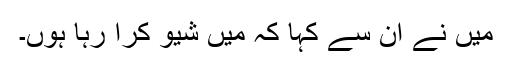
میں نے ان سے کہا کہ میں شیو کرا رہا ہوں۔